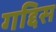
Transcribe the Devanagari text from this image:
गद्दिस